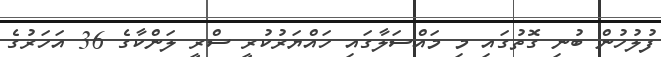
ފުލުހުން ބުނި ގޮތުގައި މި މައްސަލާގައި ހައްޔަރުކުރީ ސްރީ ލަންކާގެ 36 އަހަރުގެ